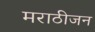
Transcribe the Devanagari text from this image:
मराठीजन